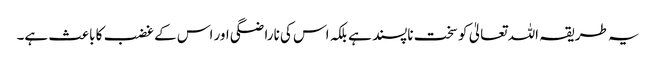
یہ طریقہ اللہ تعالیٰ کو سخت ناپسند ہے بلکہ اس کی ناراضگی اور اس کے غضب کا باعث ہے۔